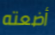
أضعته